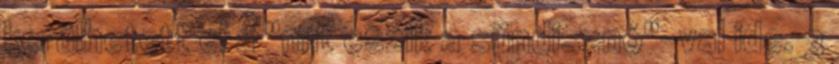
kerülhetett el a "mit eszik a sündisznó"-val ide. 3